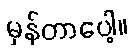
မှန်တာပေါ့။